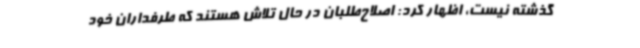
گذشته نیست، اظهار کرد: اصلاح‌طلبان در حال تلاش هستند که طرفداران خود